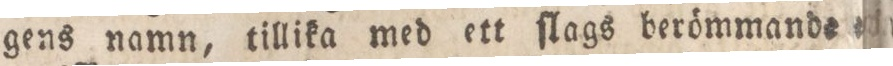
gens namn, tillika med ett ſlags berömmande